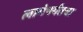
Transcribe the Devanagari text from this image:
लागेपर्यंतचा